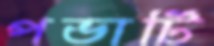
পভার্টি